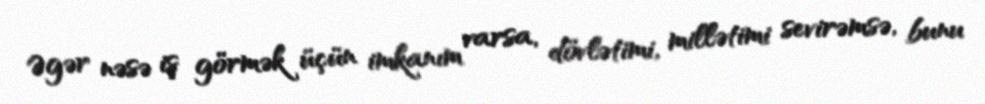
Əgər nəsə iş görmək üçün imkanım varsa, dövlətimi, millətimi sevirəmsə, bunu